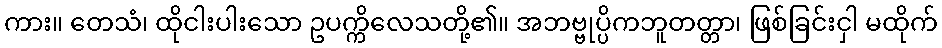
ကား။ တေသံ၊ ထိုငါးပါးသော ဥပက္ကိလေသတို့၏။ အဘဗ္ဗုပ္ပိကဘူတတ္တာ၊ ဖြစ်ခြင်းငှါ မထိုက်